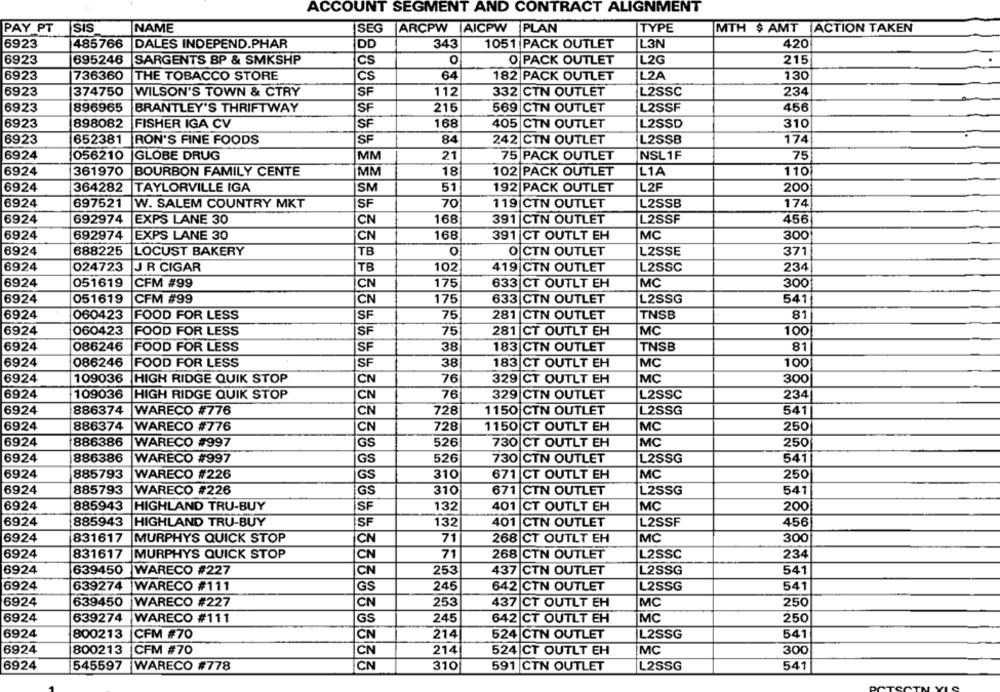
ACCOUNT SEGMENT AND CONTRACT ALIGNMENT
PAY PT
SIS
NAME
ISEG
ARCPW AICPW PLAN
TYPE
MTH $ AMT ACTION TAKEN
6923
485766
DALES INDEPEND.PHAR
DD
343
1051 PACK OUTLET
L3N
420
6923
695246
SARGENTS BP & SMKSHP
CS
O
O PACK OUTLET
L2G
215
6923
736360
THE TOBACCO STORE
64
182 PACK OUTLET
L2A
130
CS
6923
374750
WILSON'S TOWN & CTRY
SF
112
332 CTN OUTLET
L2SSC
234
6923
896965
BRANTLEY'S THRIFTWAY
SF
216
569 CTN OUTLET
L2SSF
456
6923
898082
FISHER IGA CV
SF
168
405 CTN OUTLET
L2SSD
310
SF
84
6923
652381
RON'S FINE FOODS
242 CTN OUTLET
L2SSB
174
6924
056210
GLOBE DRUG
MM
21
75 PACK OUTLET
NSL 1F
75
6924
361970
BOURBON FAMILY CENTE
MM
18
102 PACK OUTLET
L1A
110
6924
SM
L2F
364282
TAYLORVILLE IGA
51
192 PACK OUTLET
200
6924
697521
W. SALEM COUNTRY MKT
SF
70
119|CTN OUTLET
L2SSB
174
6924
692974
EXPS LANE 30
CN
168
391 CTN OUTLET
L2SSF
456
MC
6924
692974
EXPS LANE 30
CN
168
391 CT OUTLT EH
300
6924
688225
LOCUST BAKERY
TB
O
O CTN OUTLET
L2SSE
371
6924
024723
JR CIGAR
TB
102
419 CTN OUTLET
L2SSC
234
6924
051619
CFM #99
CN
175
633 CT OUTLT EH
MC
300
6924
051619
CFM #99
CN
175
633 CTN OUTLET
L2SSG
541
6924
060423
FOOD FOR LESS
SF
75
281 CTN OUTLET
TNSB
81
6924
060423
FOOD FOR LESS
SF
75
281 |CT OUTLT EH
MC
100
6924
086246
FOOD FOR LESS
SF
38
183 CTN OUTLET
TNSB
81
6924
086246
FOOD FOR LESS
SF
38
183 CT OUTLT EH
MC
100
6924
109036
HIGH RIDGE QUIK STOP
CN
76
329 CT OUTLT EH
MC
300
6924
109036
HIGH RIDGE QUIK STOP
76
329 CTN OUTLET
L2SSC
234
CN
6924
886374
WARECO #776
CN
728
1150 CTN OUTLET
L2SSG
541
6924
886374
WARECO #776
CN
728
1150 CT OUTLT EH
MC
250
6924
886386
WARECO #997
526
MC
250
GS
730 CT OUTLT EH
6924
886386
WARECO #997
GS
526
730 CTN OUTLET
L2SSG
541
6924
885793
WARECO #226
GS
310
671 CT OUTLT EH
MC
250
6924
885793
WARECO #226
310
671 CTN OUTLET
L2SSG
541
GS
6924
885943
HIGHLAND TRU-BUY
SF
132
401 CT OUTLT EH
MC
200
6924
885943
HIGHLAND TRU-BUY
SF
132
401 CTN OUTLET
L2SSF
456
6924
831617
MURPHY'S QUICK STOP
CN
71
268 CT OUTLT EH
MC
300
6924
831617
MURPHYS QUICK STOP
268 CTN OUTLET
CN
71
L2SSC
234
6924
639450
WARECO #227
CN
253
437 |CTN OUTLET
L2SSG
541
6924
639274
WARECO #111
GS
245
642 CTN OUTLET
L2SSG
541
6924
WARECO #227
253
639450
CN
437 |CT OUTLT EH
MC
250
6924
639274
WARECO #111
GS
245
642 CT OUTLT EH
MC
250
6924
800213
CFM #70
CN
214
524 CTN OUTLET
L2SSG
541
6924
800213
CFM #70
CN
214
524 CT OUTLT EH
MC
300
6924
545597 WARECO #778
CN
310
591 CTN OUTLET
L2SSG
541